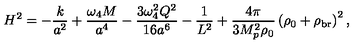
H ^ { 2 } = - \frac { k } { a ^ { 2 } } + \frac { \omega _ { 4 } M } { a ^ { 4 } } - \frac { 3 \omega _ { 4 } ^ { 2 } Q ^ { 2 } } { 1 6 a ^ { 6 } } - \frac { 1 } { L ^ { 2 } } + \frac { 4 \pi } { 3 M _ { p } ^ { 2 } \rho _ { 0 } } \left( \rho _ { 0 } + \rho _ { \mathrm { b r } } \right) ^ { 2 } ,